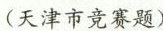
(天津市竞赛题)